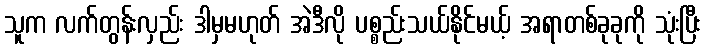
သူက လက်တွန်းလှည်း ဒါမှမဟုတ် အဲဒီလို ပစ္စည်းသယ်နိုင်မယ့် အရာတစ်ခုခုကို သုံးပြီး